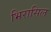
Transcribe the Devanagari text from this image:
भिरासिल